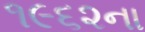
૧૯૬૨ના